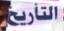
التاريك